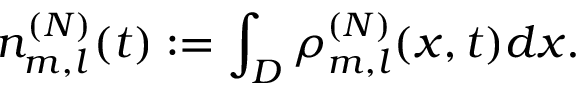
n _ { m , l } ^ { ( N ) } ( t ) : = \int _ { D } \rho _ { m , l } ^ { ( N ) } ( x , t ) d x .